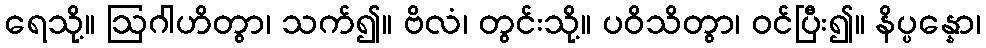
ရေသို့။ ဩဂါဟိတွာ၊ သက်၍။ ဗိလံ၊ တွင်းသို့။ ပဝိသိတွာ၊ ဝင်ပြီး၍။ နိပ္ပန္နော၊